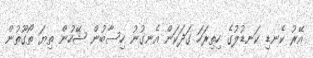
އޭރު ކެނޑި ކަނޑުލުގެ ހިތިރަހަ ގަދަކަން އެނގުނު ހިސާބުން ޝޭހުން ތިޔަ ތޯގޫތުން